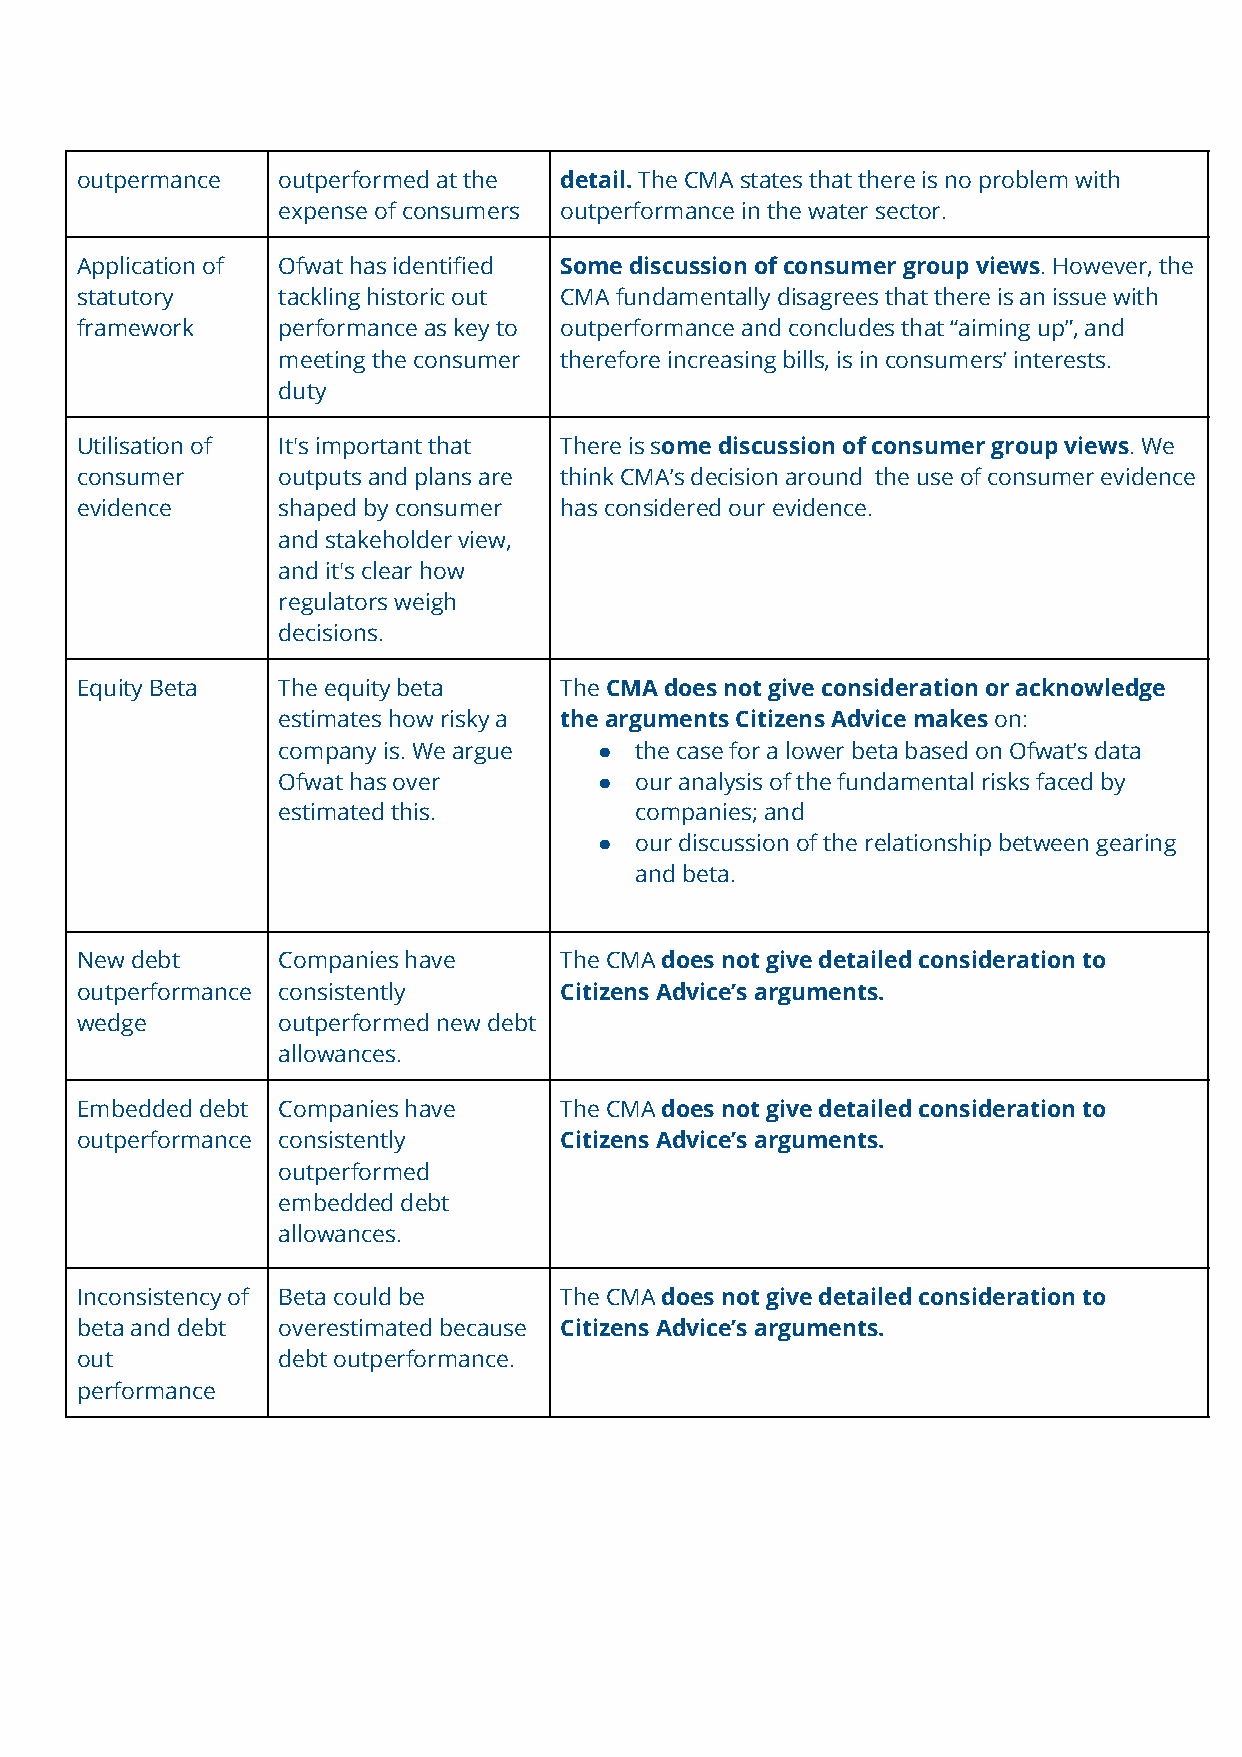
outpermance  outperformed at the detail. T​ he CMA states that there is no problem with
 expense of consumers outperformance in the water sector.
 Application of Ofwat has identified Some discussion of consumer group views.​ However, the
 statutory    tackling historic out CMA fundamentally disagrees that there is an issue with
 framework    performance as key to outperformance and concludes that “aiming up”, and
 meeting the consumer therefore increasing bills, is in consumers’ interests.
 duty
 Utilisation of It's important that There is so​ me discussion of consumer group views​. We
 consumer     outputs and plans are think CMA’s decision around the use of consumer evidence
 evidence     shaped by consumer has considered our evidence.
 and stakeholder view,
 and it's clear how
 regulators weigh
 decisions.
 Equity Beta  The equity beta    The ​CMA does not give consideration or acknowledge
 estimates how risky a the arguments Citizens Advice makes​ on:
 company is. We argue  ● the case for a lower beta based on Ofwat’s data
 Ofwat has over        ● our analysis of the fundamental risks faced by
 estimated this.         companies; and
 ● our discussion of the relationship between gearing
 and beta.
 New debt     Companies have     The CMA d​ oes not give detailed consideration to
 outperformance consistently     Citizens Advice’s arguments.
 wedge        outperformed new debt
 allowances.
 Embedded debt Companies have    The CMA d​ oes not give detailed consideration to
 outperformance consistently     Citizens Advice’s arguments.
 outperformed
 embedded debt
 allowances.
 Inconsistency of Beta could be  The CMA d​ oes not give detailed consideration to
 beta and debt overestimated because Citizens Advice’s arguments.
 out          debt outperformance.
 performance